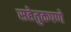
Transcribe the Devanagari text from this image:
सहेतुकपणे